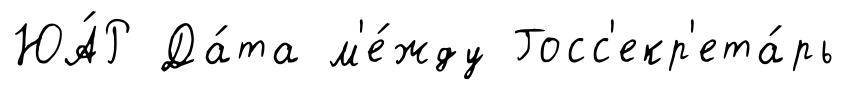
ЮА́Р Да́та м'е́жду Госс'екр'ета́рь